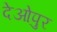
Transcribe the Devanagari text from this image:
देओपुर